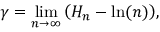
\gamma = \operatorname* { l i m } _ { n \rightarrow \infty } { \left( H _ { n } - \ln ( n ) \right) } ,